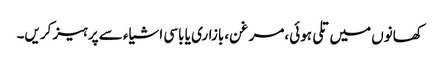
کھانوں میں تلی ہوئی ،مرغن، بازاری یا باسی اشیاء سے پرہیز کریں۔